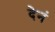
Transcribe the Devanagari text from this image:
देनं